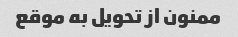
ممنون از تحویل به موقع